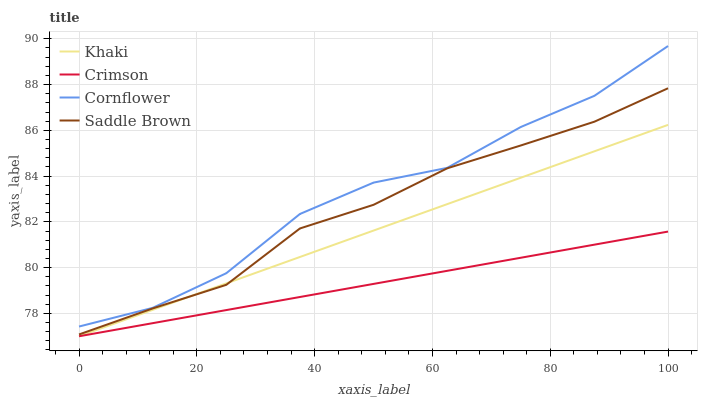
| xaxis_label | Khaki | Crimson | Cornflower | Saddle Brown |
 | --- | --- | --- | --- | --- |
 | 0 | 77 | 77 | 77.4 | 77.1 |
 | 12.5 | 78.2 | 77.6 | 78.2 | 78.2 |
 | 25 | 79.3 | 78.1 | 79.8 | 79.2 |
 | 37.5 | 80.5 | 78.7 | 82.3 | 81.7 |
 | 50 | 81.6 | 79.3 | 83.7 | 82.7 |
 | 62.5 | 82.8 | 79.9 | 84.4 | 84.3 |
 | 75 | 83.9 | 80.4 | 86.1 | 85.3 |
 | 87.5 | 85.1 | 81 | 87.5 | 86.4 |
 | 100 | 86.2 | 81.6 | 89.7 | 87.8 |